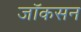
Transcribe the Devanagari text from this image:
जॉकसन